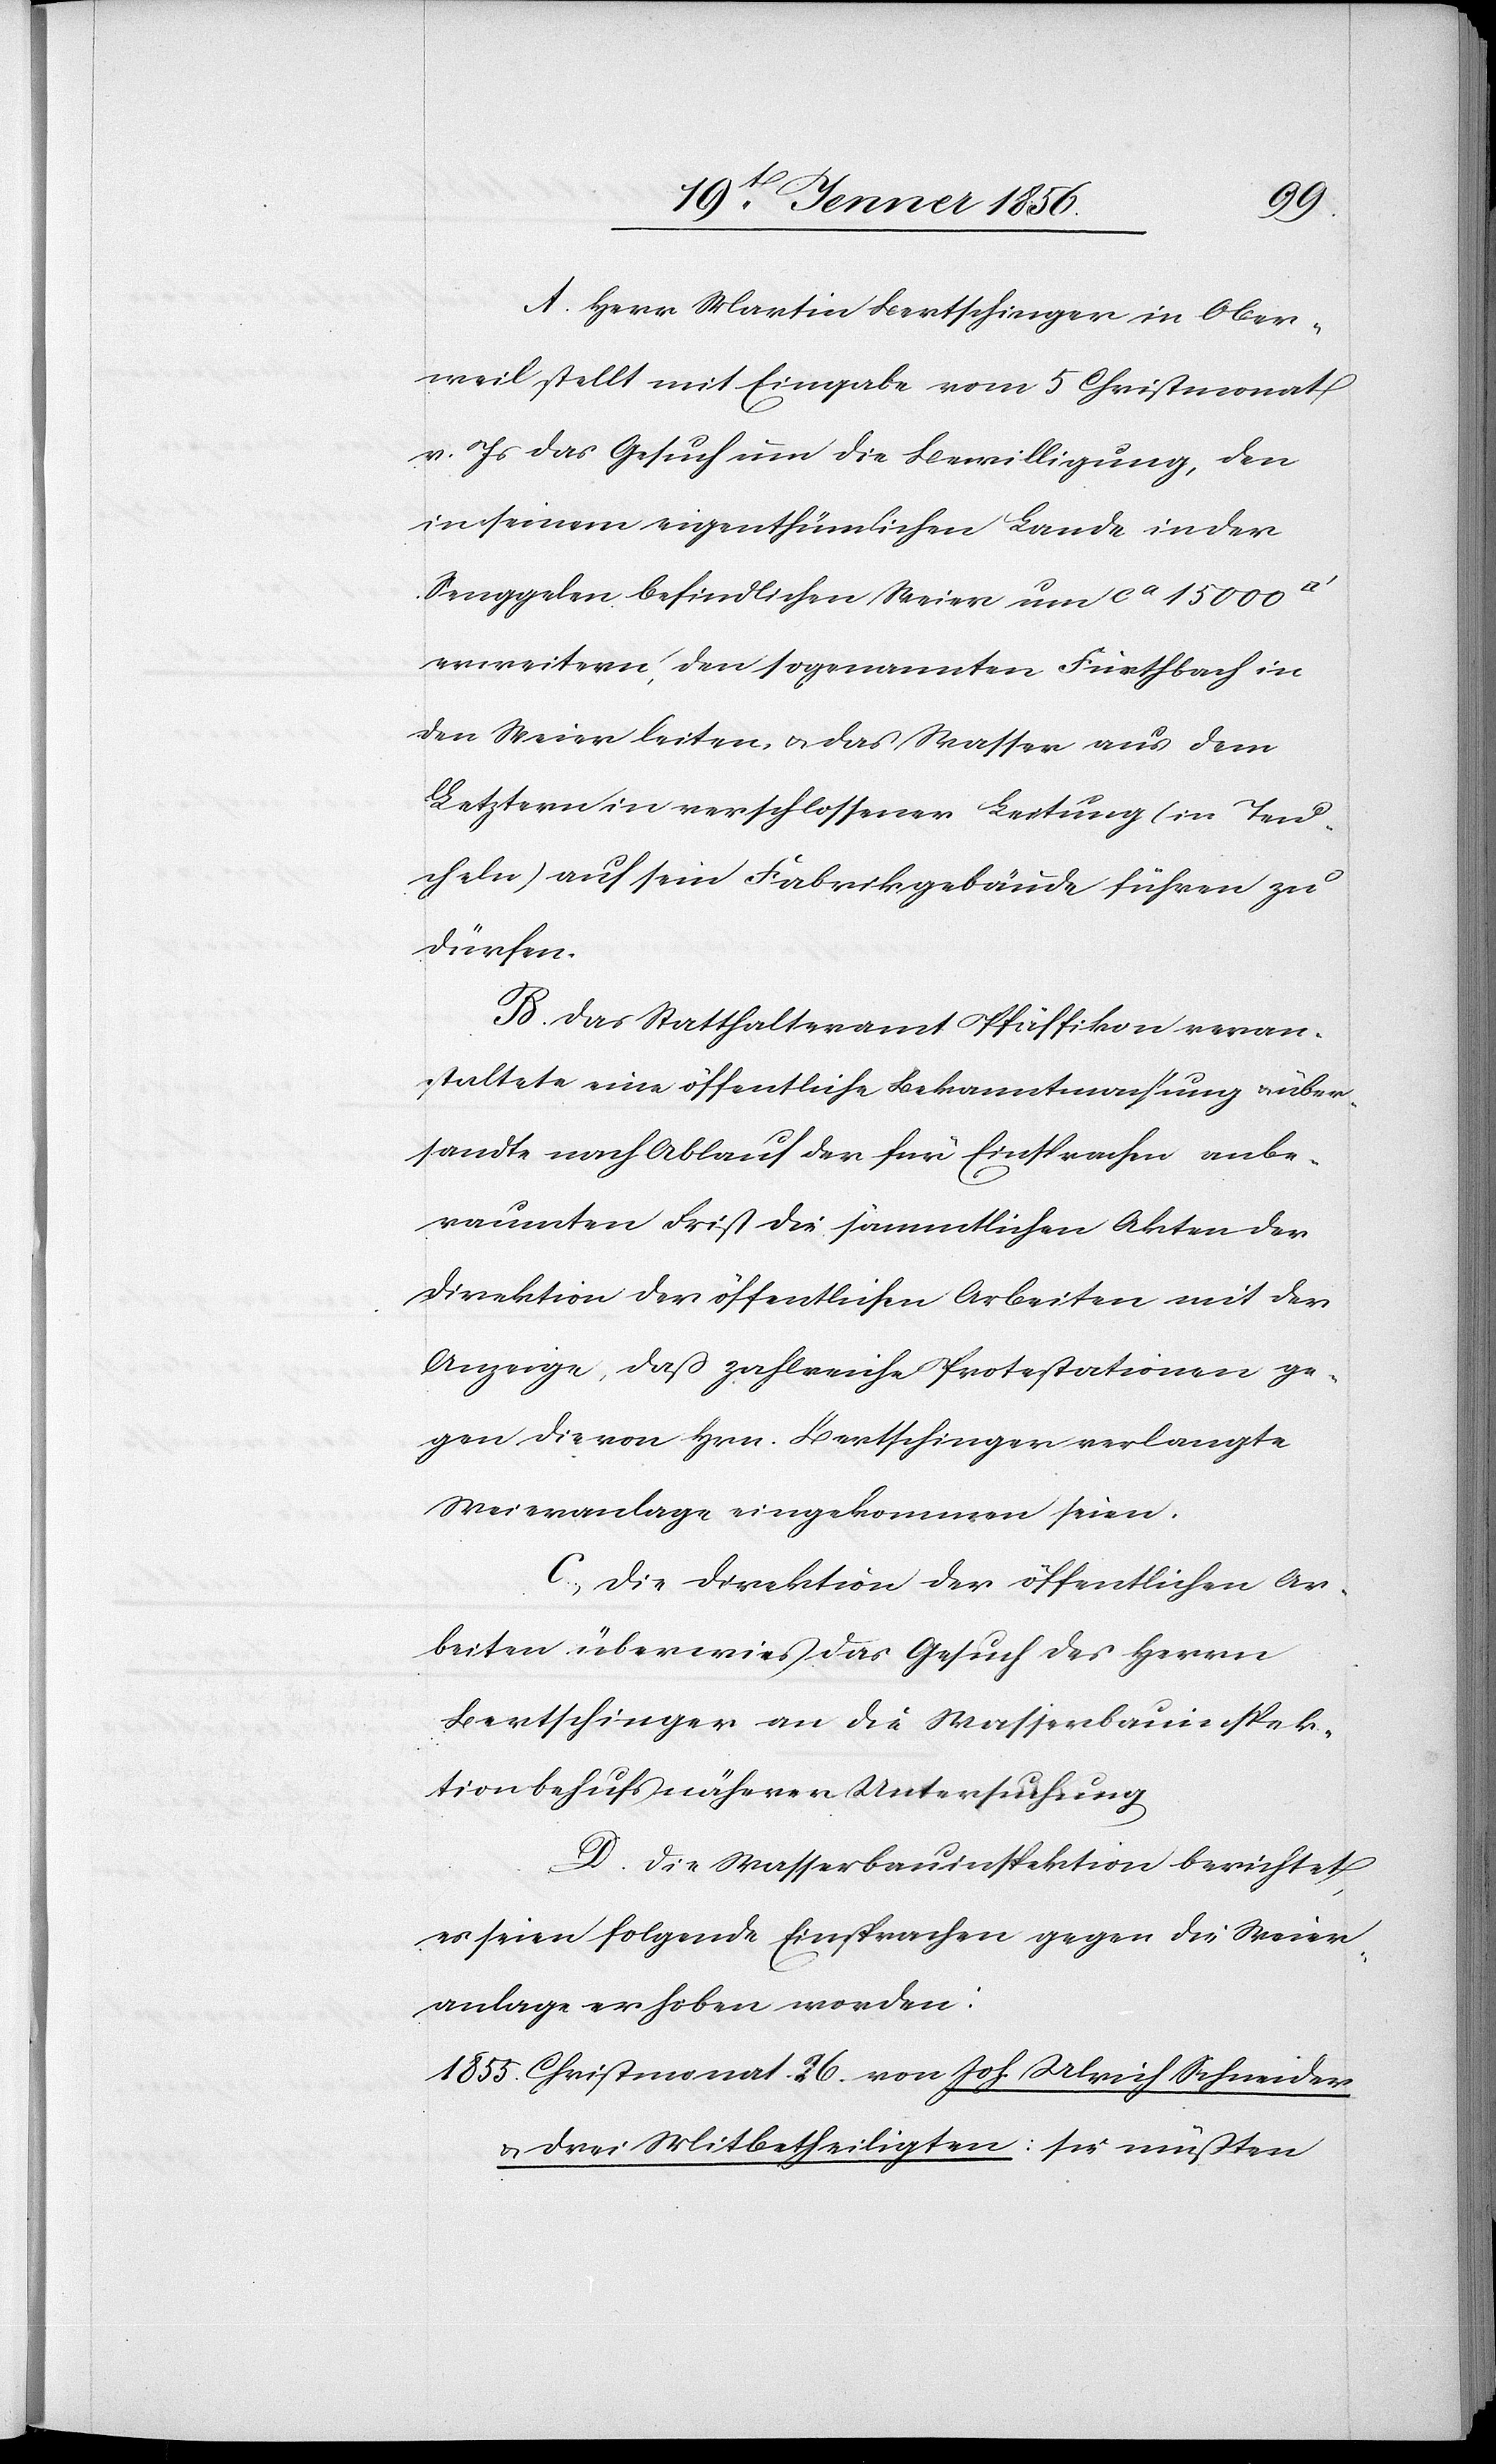
A. Herr Martin Bertschinger in Ober¬
weil stellt mit Eingabe vom 5 Christmonat
v. Js das Gesuch um die Bewilligung, den
in seinem eigenthümlichen Lande in der
Senggelen befindlichen Meier um ca 15000
erweitern, den sogenannten Furthbach in
den Meier leiten, u. das Wasser aus dem
Letztern in verschlossener Leitung (in Teu¬
cheln) auf sein Fabrikgebäude führen zu
dürfen.
B. Das Statthalteramt Pfäffikon veran¬
staltete eine öffentliche Bekanntmachung u. über¬
sandte nach Ablauf der für Einsprachen anbe¬
raumten Frist die sämmtlichen Akten der
Direktion der öffentlichen Arbeiten mit der
Anzeige, daß zahlreiche Protestationen ge¬
gen die von Hrn. Bertschinger verlangte
Meieranlage eingekommen seien.
C., Die Direktion der öffentlichen Ar¬
beiten überwies das Gesuch des Herrn
Bertschinger an die Wasserbauinspek¬
tion behufs näherer Untersuchung
D. Die Wasserbauinspektion berichtet,
es seien folgende Einsprachen gegen die Meier¬
anlage erhoben worden:
Christmonat. 26. von Joh. Ulrich Schneider
u. drei Mitbetheiligten: sie müßten